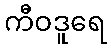
ကီဝဒူရေ